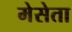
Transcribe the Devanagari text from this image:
मेसेता